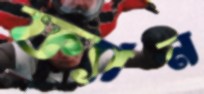
ফ্যান